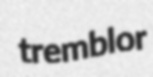
tremblor